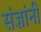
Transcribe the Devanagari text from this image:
संज्ञांनी